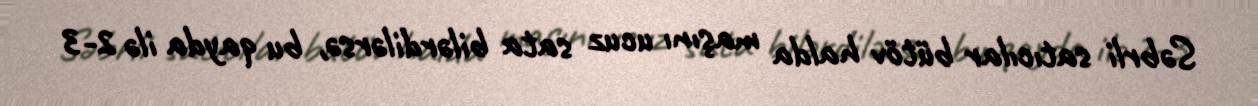
Səbrli satıcılar bütöv halda maşını ucuz sata bilərdilərsə, bu qayda ilə 2-3